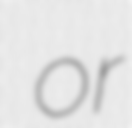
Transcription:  or